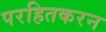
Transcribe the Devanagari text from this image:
परहितकरन